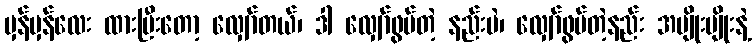
မှန်မှန်လေး ထားပြီးတော့ လျှော်တယ်၊ ဒါ လျှော်ဖွပ်တဲ့ နည်းပဲ၊ လျှော်ဖွပ်တဲ့နည်း အမျိုးမျိုးနဲ့